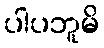
ပါပဘူမိ